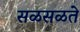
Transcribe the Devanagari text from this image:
सळसळते